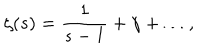
LaTeX: \zeta ( s ) = \frac { 1 } { s - 1 } + \gamma + \dots ,